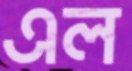
এল